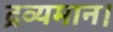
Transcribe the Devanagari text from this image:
द्रव्यमान।